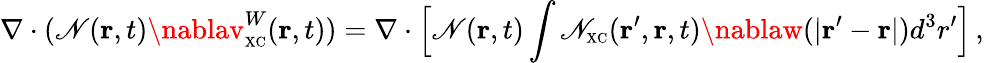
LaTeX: \nabla\cdot(\mathscr{N}({\mathbf{r}},t)\nablav_{\scriptscriptstyle\mathrm{{XC}}}^{W}({\mathbf{r}},t))=\nabla\cdot\Big[\mathscr{N}({\mathbf{r}},t)\int\mathscr{N}_{\scriptscriptstyle\mathrm{{XC}}}({\mathbf{r}}^{\prime},{\mathbf{r}},t)\nablaw(\vert{\mathbf{r}}^{\prime}-{\mathbf{r}}\vert)d^{3}r^{\prime}\Big]\, ,